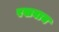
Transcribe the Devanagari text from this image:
रखवाय